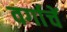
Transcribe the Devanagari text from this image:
वर्गाचें